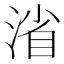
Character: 渻